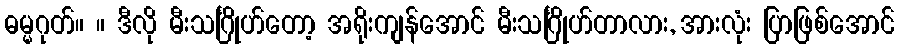
ဓမ္မဂုတ်။ ။ ဒီလို မီးသင်္ဂြိုဟ်တော့ အရိုးကျန်အောင် မီးသင်္ဂြိုဟ်တာလား, အားလုံး ပြာဖြစ်အောင်